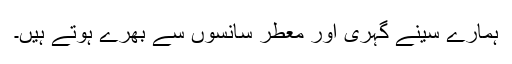
ہمارے سِینے گہری اور معطر سانسوں سے بھرے ہوتے ہیں۔